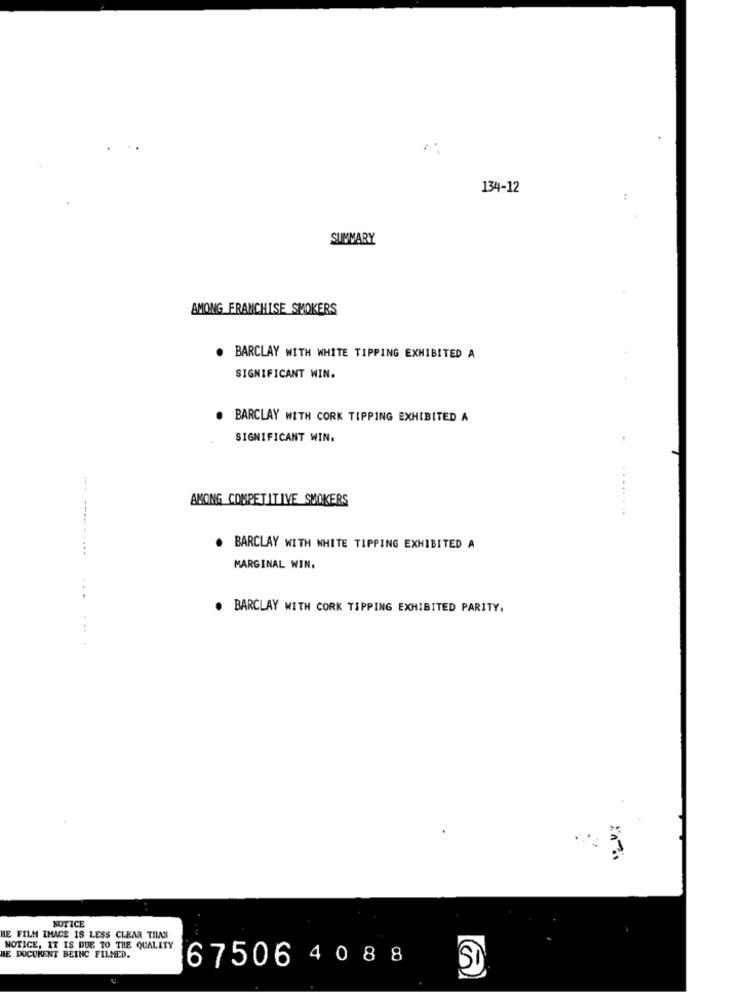
134-12
SUMMARY
AMONG FRANCHISE SMOKERS
. BARCLAY WITH WHITE TIPPING EXHIBITED A
SIGNIFICANT WIN.
. BARCLAY WITH CORK TIPPING EXHIBITED A
SIGNIFICANT WIN.
AMONG COMPETITIVE SMOKERS
. BARCLAY WITH WHITE TIPPING EXHIBITED A
MARGINAL WIN.
. BARCLAY WITH CORK TIPPING EXHIBITED PARITY.
NOTICE
HE FILM IHACE 18 LESS CLEAR THAN
NOTICE, IT IS DUE TO THE QUALITY
HE DOCUMENT BEING FILMED.
67506 4 0 8 8